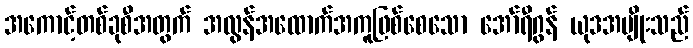
အကောင့်တစ်ခုစီအတွက် အလွန်အထောက်အကူဖြစ်စေသော အော်ရီဂွန် ယုဒအမျိုးသည်